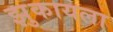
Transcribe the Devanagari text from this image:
झुकायला